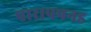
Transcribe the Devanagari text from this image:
पारापपनड